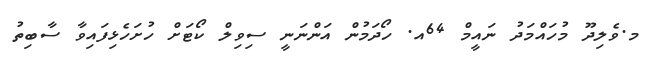
މ.ވެލިދޫ މުހައްމަދު ނައީމް 64އ. ހޯދަމުން އަންނަނީ ސިވިލް ކޯޓަށް ހުށަހެޅިފައިވާ ސާބިތު